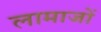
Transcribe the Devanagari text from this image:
लामाजों